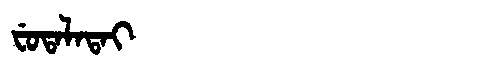
Manchu: ᠸᡠᡨᠠᠯᠠᡨᠠᡳ
Romanization: FUTALATAI